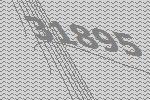
31895